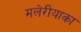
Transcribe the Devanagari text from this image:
मलेरीयाका